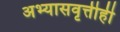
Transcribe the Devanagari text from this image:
अभ्यासवृत्तीही